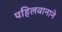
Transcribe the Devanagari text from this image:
पहिलवानाने